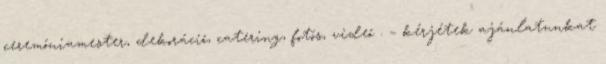
ceremóniamester, dekoráció, catering, fotós, videó . – kérjétek ajánlatunkat